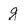
Character: g